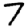
Digit: 7